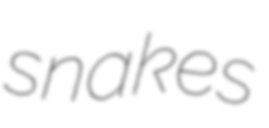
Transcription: snakes